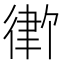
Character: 𪫓